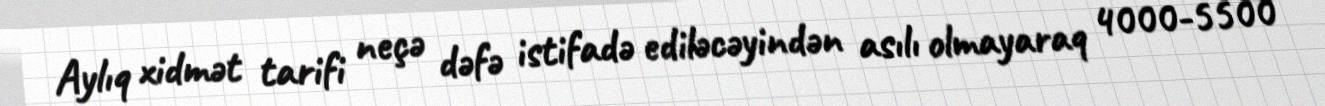
Aylıq xidmət tarifi neçə dəfə istifadə ediləcəyindən asılı olmayaraq 4000-5500